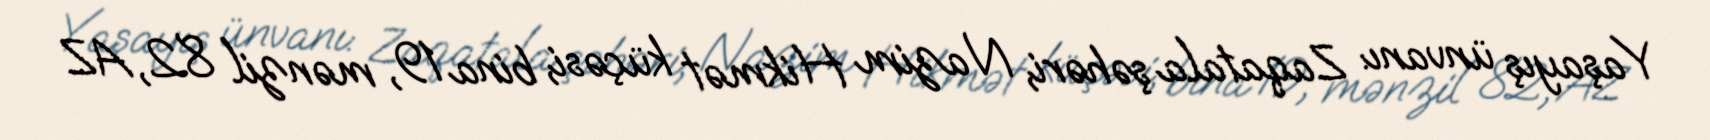
Yaşayış ünvanı: Zaqatala şəhəri, Nazim Hikmət küçəsi, bina 19, mənzil 82, AZ